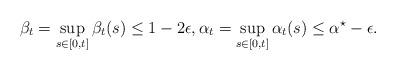
LaTeX: \begin{align*}\beta_t = \sup_{s\in[0, t]}\beta_t(s) \leq 1-2\epsilon, \alpha_t = \sup_{s\in[0, t]}\alpha_t(s) \leq \alpha^{\star}- \epsilon. \end{align*}